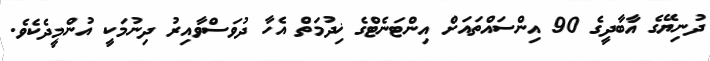
ދުނިޔޭގެ އާބާދީގެ 90 އިންސައްތައަށް އިންޓަނެޓްގެ ޚިދުމަތް އެހާ ދުވަސްވާއިރު ދިނުމަކީ އުންމީދެކެވެ.